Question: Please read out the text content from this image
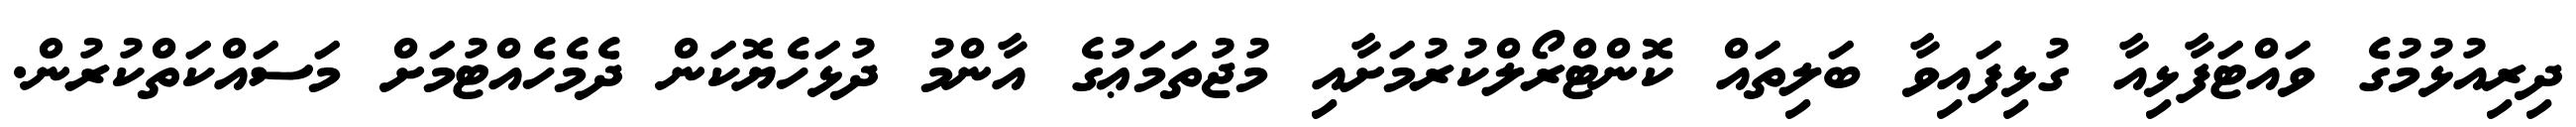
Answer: ދިރިއުޅުމުގެ ވައްޓަފާޅިއާ ގުޅިފައިވާ ބަލިތައް ކޮންޓްރޯލްކުރުމަށާއި މުޖުތަމަޢުގެ އާންމު ދުޅަހެޔޮކަން ދެމެހެއްޓުމަށް މަސައްކަތްކުރުން.